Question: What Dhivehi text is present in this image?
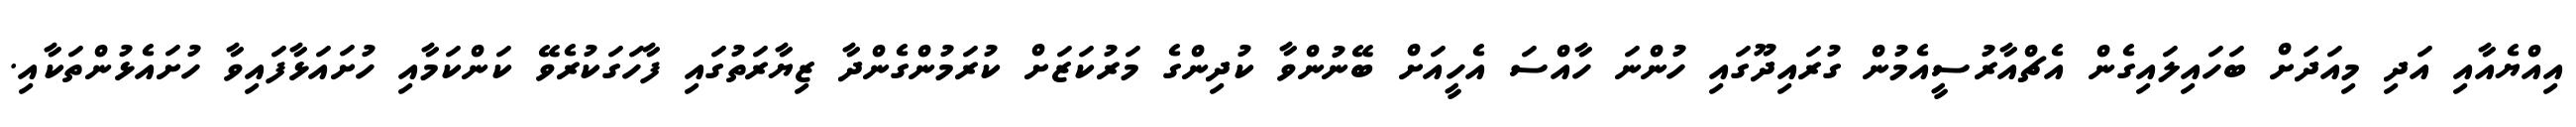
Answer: އިއްޔެއާއި އަދި މިއަދަށް ބަހައިލައިގެން އެޗްއާރުސީއެމުން ގުރައިދޫގައި ހުންނަ ހާއްސަ އެހީއަށް ބޭނުންވާ ކުދިންގެ މަރުކަޒަށް ކުރަމުންގެންދާ ޒިޔާރަތުގައި ފާހަގަކުރެވޭ ކަންކަމާއި ހުށައަޅާފައިވާ ހުށައެޅުންތަކާއި.